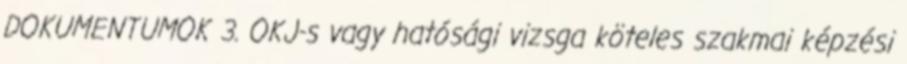
DOKUMENTUMOK 3. OKJ-s vagy hatósági vizsga köteles szakmai képzési